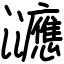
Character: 㶝